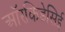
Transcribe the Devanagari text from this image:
ऑरकिडेसिई